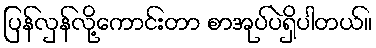
ပြန်လှန်လို့ကောင်းတာ စာအုပ်ပဲရှိပါတယ်။